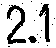
2.1